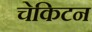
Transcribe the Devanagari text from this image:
चेकिटन